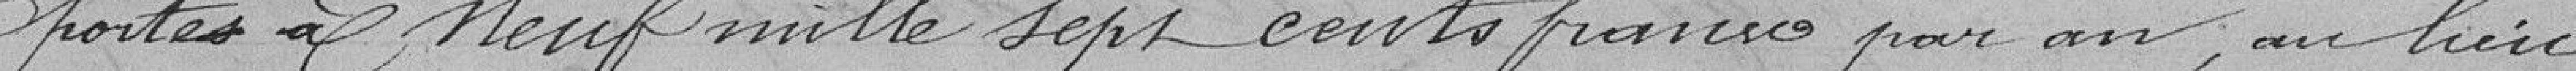
portés à neuf mille sept cents francs par an, au lieu